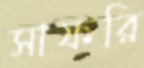
সাফরি